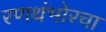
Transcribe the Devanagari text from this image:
रणथंभोरचा